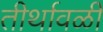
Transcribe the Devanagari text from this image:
तीर्थावळी